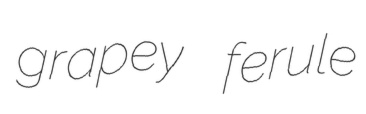
grapey ferule